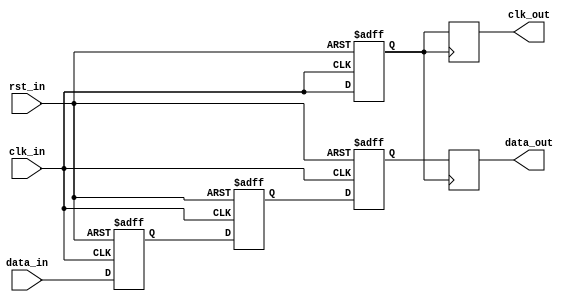
module multi_channel_synchronizer (
  input wire [DATA_WIDTH-1:0] data_in,
  input wire clk_in,
  input wire rst_in,
  output reg [DATA_WIDTH-1:0] data_out,
  output reg clk_out
);

parameter DATA_WIDTH = 8;

reg [DATA_WIDTH-1:0] data_synced;
reg [DATA_WIDTH-1:0] data_delayed;
reg [DATA_WIDTH-1:0] data_out_reg;
reg clk_out_reg;

always @(posedge clk_in or posedge rst_in) begin
  if (rst_in) begin
    data_synced <= 0;
    data_delayed <= 0;
    data_out_reg <= 0;
    clk_out_reg <= 0;
  end else begin
    data_synced <= data_in;
    data_delayed <= data_synced;
    data_out_reg <= data_delayed;
    clk_out_reg <= clk_in;
  end
end

always @(posedge clk_out_reg) begin
  data_out <= data_out_reg;
  clk_out <= clk_out_reg;
end

endmodule